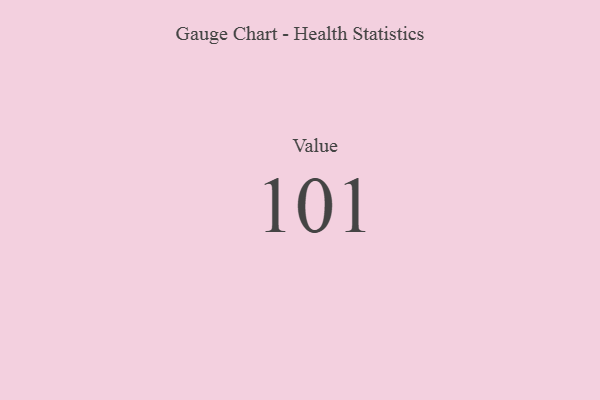
{"axis": {"x": "Metric", "y": "Value"}, "legend": [""], "data": [{"x": "Value", "y": 101, "type": ""}]}